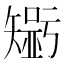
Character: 𱳤